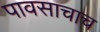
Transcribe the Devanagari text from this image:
पावसाचाच